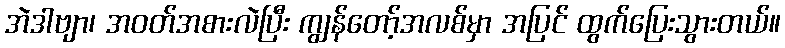
အဲဒါဗျာ၊ အဝတ်အစားလဲပြီး ကျွန်တော့်အလစ်မှာ အပြင် ထွက်ပြေးသွားတယ်။